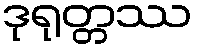
ဒုရုတ္တဿ